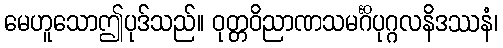
မေဟူသောဤပုဒ်သည်။ ဝုတ္တဝိညာဏသမင်္ဂိပုဂ္ဂလနိဒဿနံ၊